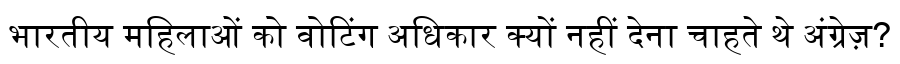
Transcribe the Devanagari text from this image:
भारतीय महिलाओं को वोटिंग अधिकार क्यों नहीं देना चाहते थे अंग्रेज़?